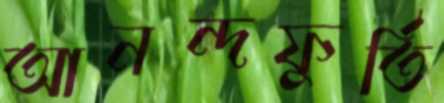
আনন্দফুর্তি